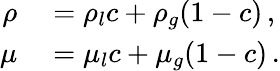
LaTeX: \begin{array}{rl}{\rho}&{{}=\rho_{l}c+\rho_{g}(1-c)\, ,}\\ {\mu}&{{}=\mu_{l}c+\mu_{g}(1-c)\, .}\end{array}